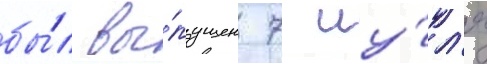
бы́л вы́пущен 7 иу́л'я